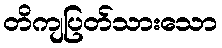
တိကျပြတ်သားသော